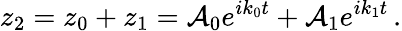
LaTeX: z_{2}=z_{0}+z_{1}=\mathcal{A}_{0}e^{ik_{0}t}+\mathcal{A}_{1}e^{ik_{1}t}\, .